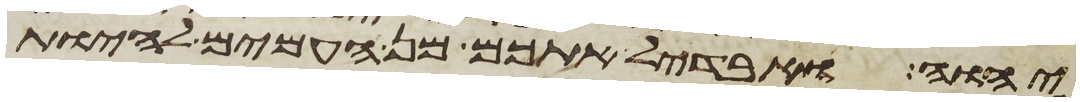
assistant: יהוה ואבדיל אתכם מן העמים להיות